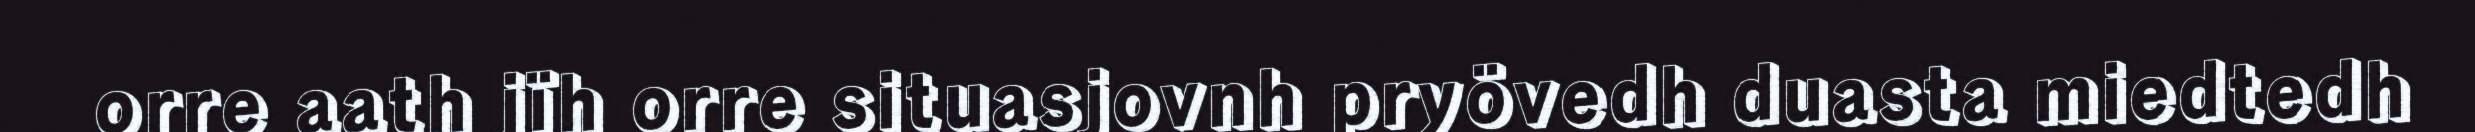
orre aath jïh orre situasjovnh pryövedh duasta miedtedh